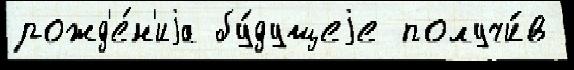
рожд'е́н'иjа бу́дущеjе получи́в